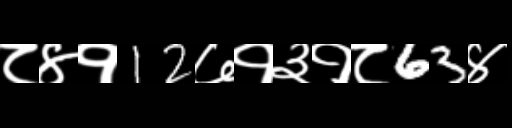
Text: ८४१12७१३१८63४